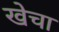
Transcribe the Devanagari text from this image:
खेचा